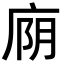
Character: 𫷮